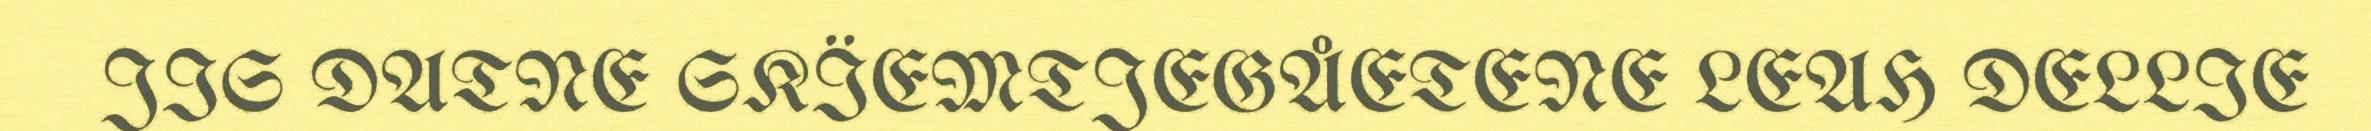
JIS DATNE SKÏEMTJEGÅETENE LEAH DELLIE